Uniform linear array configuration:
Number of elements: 16
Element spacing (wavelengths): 0.5
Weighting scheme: kaiser
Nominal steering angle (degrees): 0
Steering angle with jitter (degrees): -0.07039
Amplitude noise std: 0.05
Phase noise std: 0.05

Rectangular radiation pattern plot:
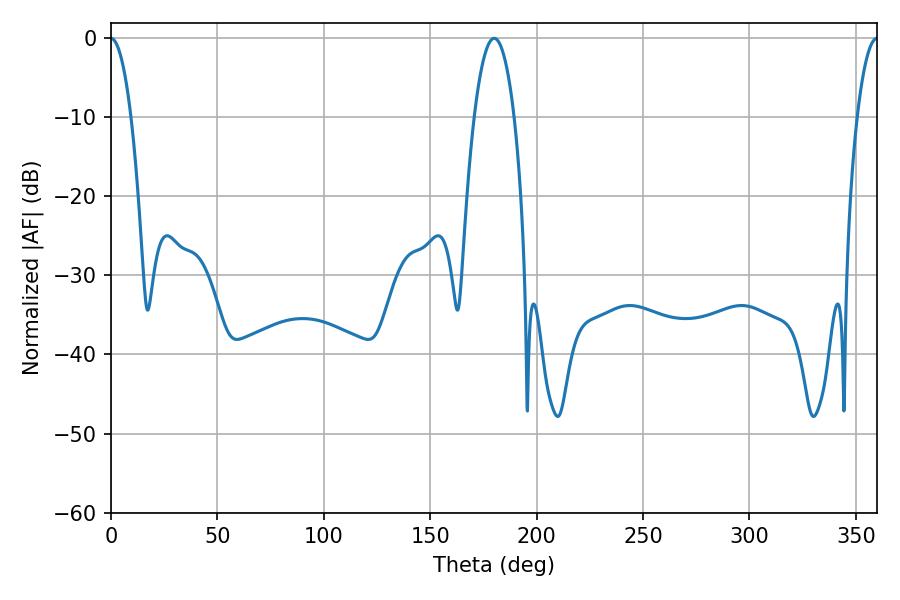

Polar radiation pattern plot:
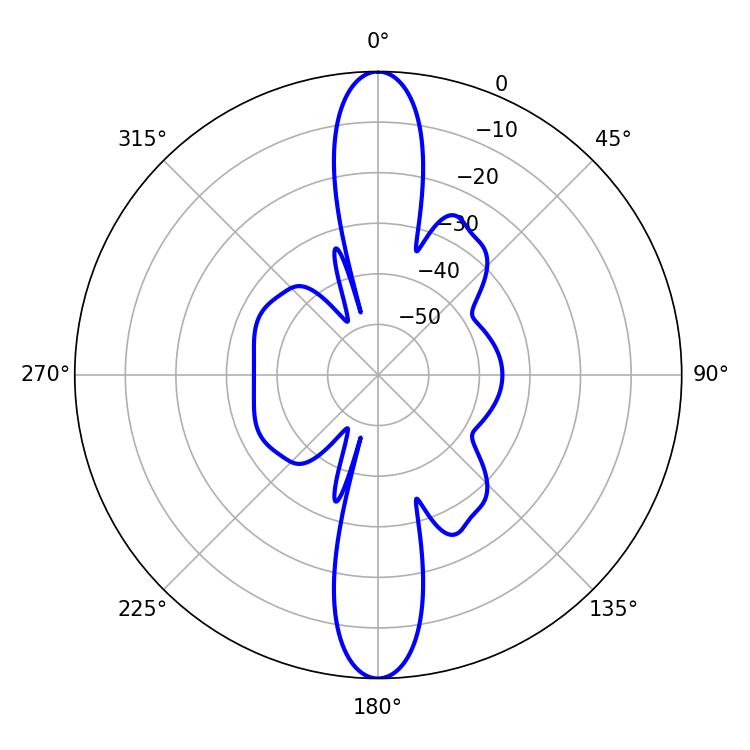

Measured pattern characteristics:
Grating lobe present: FALSE
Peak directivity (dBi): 34.548
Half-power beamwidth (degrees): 5.22
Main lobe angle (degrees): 360